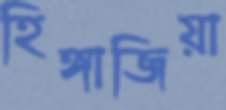
হিঙ্গাজিয়া